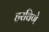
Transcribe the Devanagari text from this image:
हरविणे